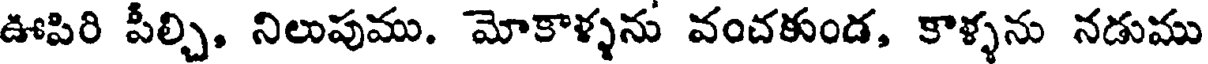
ఊపిరి పీల్చి, నిలుపుము. మోకాళ్ళను వంచకుండ, కాళ్ళను నడుము